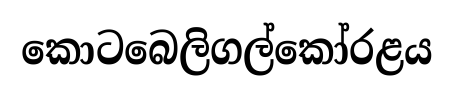
කොටබෙලිගල්කෝරළය